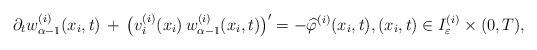
LaTeX: \begin{align*} \partial_t{w}^{(i)}_{\alpha-1}(x_i,t) \, + \, \big( v_i^{(i)}(x_i)\, w^{(i)}_{\alpha-1}(x_i,t) \big)^\prime = - \widehat{\varphi}^{(i)}(x_i, t), (x_i, t) \in I_\varepsilon^{(i)} \times (0, T), \end{align*}